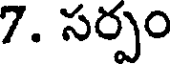
7. సర్పం